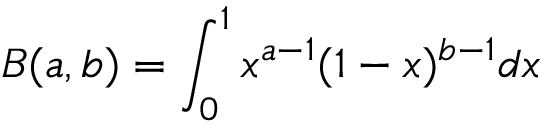
B ( a , b ) = \int _ { 0 } ^ { 1 } x ^ { a - 1 } ( 1 - x ) ^ { b - 1 } d x